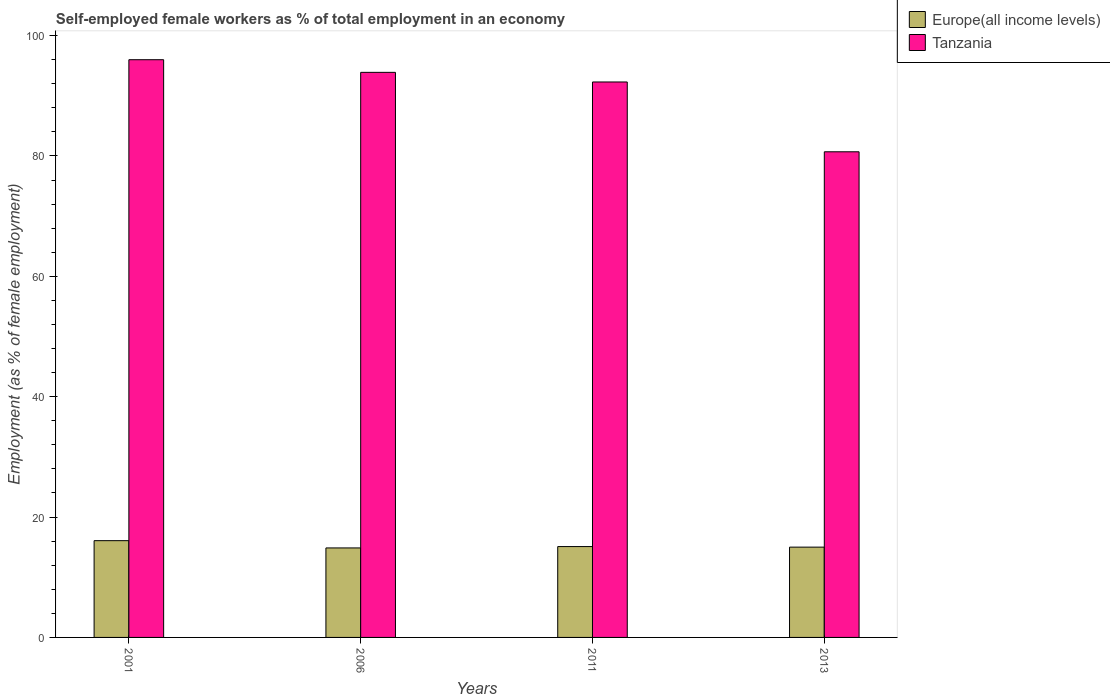
| Years | Europe(all income levels) | Tanzania |
 | --- | --- | --- |
 | 2001 | 16.1 | 96 |
 | 2006 | 14.9 | 93.9 |
 | 2011 | 15.1 | 92.3 |
 | 2013 | 15 | 80.7 |